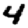
Digit: 4